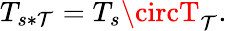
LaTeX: T_{s*\mathcal{T}}=T_{s}\circT_{\mathcal{T}}.